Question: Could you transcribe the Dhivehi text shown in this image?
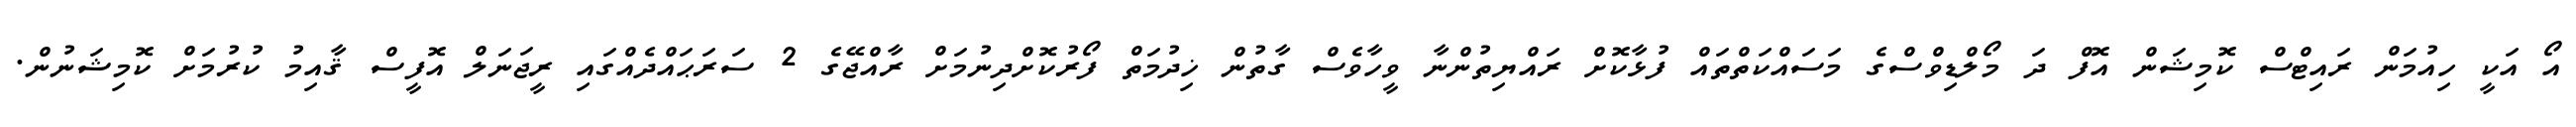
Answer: އޯ އަކީ ހިއުމަން ރައިޓްސް ކޮމިޝަން އޮފް ދަ މޯލްޑިވްސްގެ މަސައްކަތްތައް ފުޅާކޮށް ރައްޔިތުންނާ ވީހާވެސް ގާތުން ޚިދުމަތް ފޯރުކޮށްދިނުމަށް ރާއްޖޭގެ 2 ސަރަޙައްދެއްގައި ރީޖަނަލް އޮފީސް ޤާއިމު ކުރުމަށް ކޮމިޝަނުން.